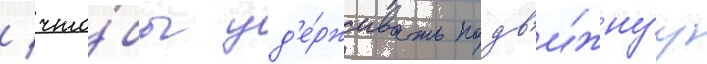
/ что́бы уд'е́рживать подв'и́жнуу